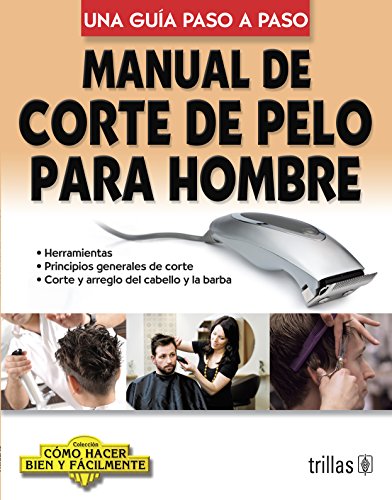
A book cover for Manual de corte de pelo para hombre / Manual of Men's Haircut: Una guia paso a paso / A Step by Step Guide (Como Hacer Bien Y Facilmente / How to Do Well and Easily) (Spanish Edition); Health, Fitness & Dieting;